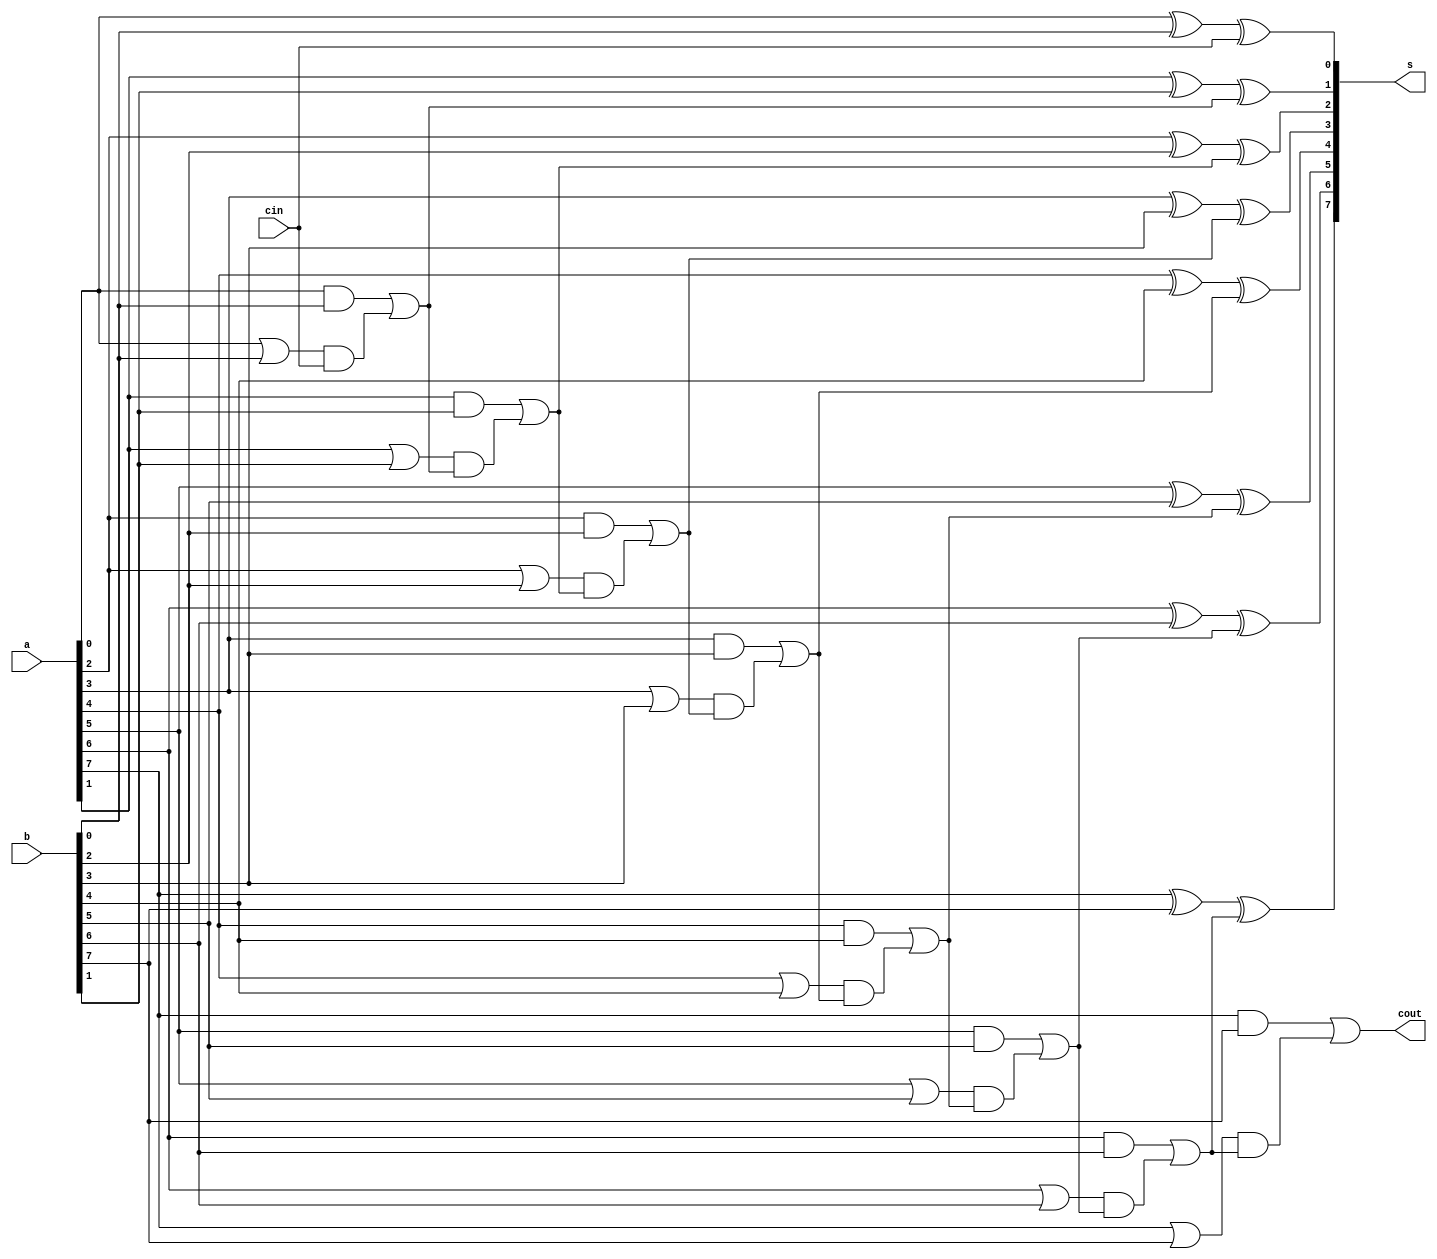
module carry_lookahead_adder (a, b, s, cout, cin);
	input [7:0] a;
	input [7:0] b;
	input cin;
	output cout;
	output [7:0] s;
	
	wire [7:0] g;
	wire [7:0] p;
	wire [8:0] c;
	assign c[0] = cin;
	
	genvar i;
	parameter n = 8;
	generate
		for(i=0; i<n; i=i+1) begin: lookahead
			assign g[i] = a[i] & b[i];
			assign p[i] = a[i] | b[i];
			assign c[i+1] = g[i] | p[i] & c[i];
			assign s[i] = a[i] ^ b[i] ^ c[i];
		end
	endgenerate
	assign cout = c[8];
	
endmodule